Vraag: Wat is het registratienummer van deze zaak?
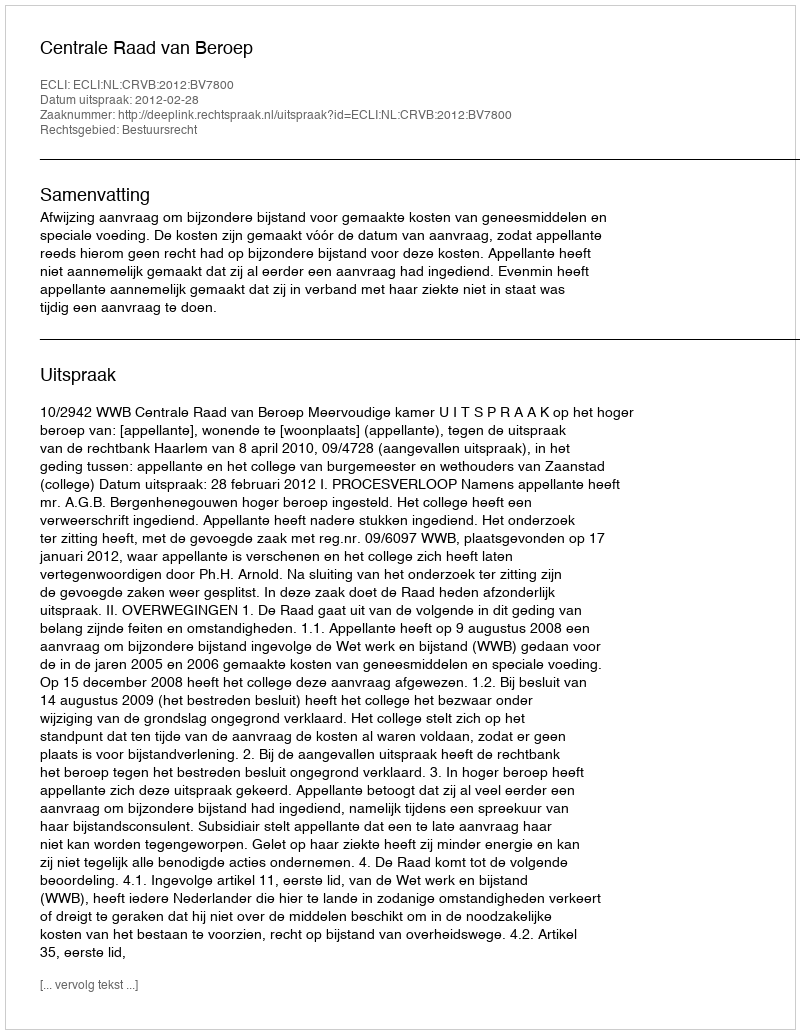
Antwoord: http://deeplink.rechtspraak.nl/uitspraak?id=ECLI:NL:CRVB:2012:BV7800